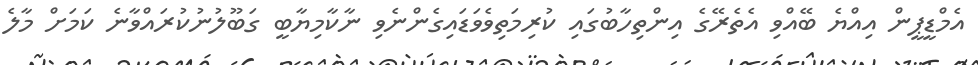
އެމްޑީޕީން އިއްޔެ ބޭއްވި އެތެރޭގެ އިންތިހާބުގައި ކުރިމަތިވެވަޑައިގެންނެވި ނާކާމިޔާބީ ގަބޫލުނުކުރައްވާނެ ކަމަށް މާލެ